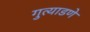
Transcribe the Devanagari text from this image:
गुत्याडणे